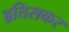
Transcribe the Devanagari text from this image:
हृतिसकर